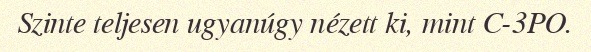
Szinte teljesen ugyanúgy nézett ki, mint C-3PO.